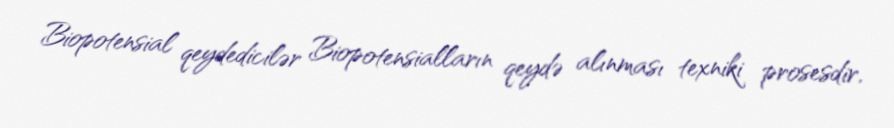
Biopotensial qeydedicilər Biopotensialların qeydə alınması texniki prosesdir,